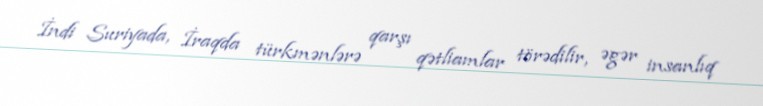
İndi Suriyada, İraqda türkmənlərə qarşı qətliamlar törədilir, əgər insanlıq